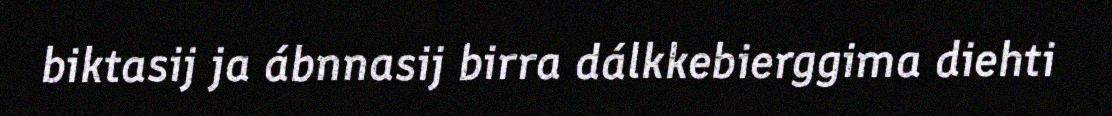
biktasij ja ábnnasij birra dálkkebierggima diehti